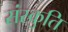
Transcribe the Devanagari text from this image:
संस्कुति